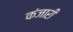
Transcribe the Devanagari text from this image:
कंजारी